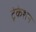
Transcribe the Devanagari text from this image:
ट्रंकेशन